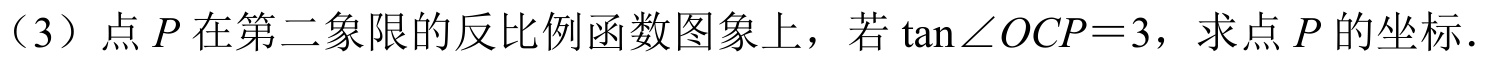
（3）点\(P\)在第二象限的反比例函数图象上，若\(\tan\angle OCP = 3\)，求点\(P\)的坐标．